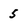
Character: 5